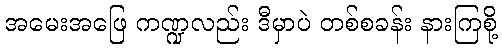
အမေးအဖြေ ကဏ္ဍလည်း ဒီမှာပဲ တစ်စခန်း နားကြစို့